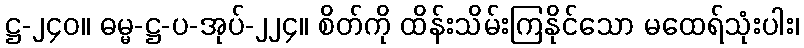
ဋ္ဌ-၂၄၀။ ဓမ္မ-ဋ္ဌ-ပ-အုပ်-၂၂၄။ စိတ်ကို ထိန်းသိမ်းကြနိုင်သော မထေရ်သုံးပါး၊